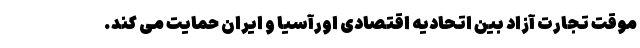
موقت تجارت آزاد بین اتحادیه اقتصادی اورآسیا و ایران حمایت می کند.